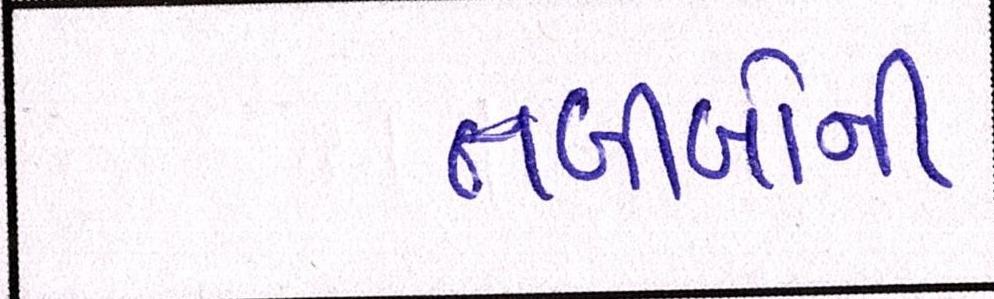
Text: તબીબોની